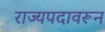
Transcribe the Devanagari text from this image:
राज्यपदावरून